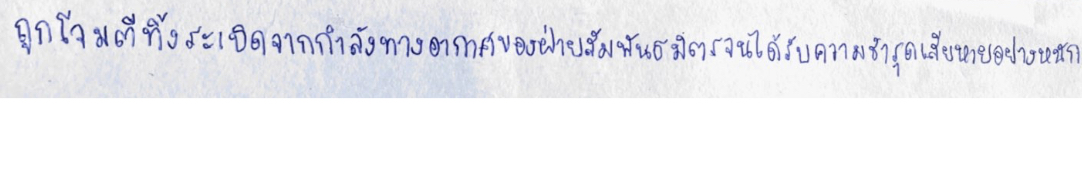
ถูกโจมตีทิ้งระเบิดจากกำลังทางอากาศของฝ่ายสัมพันธมิตรจนได้รับความชำรุดเสียหายอย่างหนัก